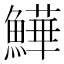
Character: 𩻮